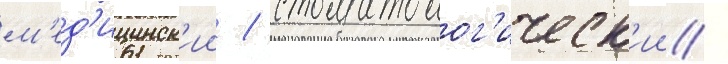
м'ед'ицинск'ии / стоматолог'ическ'ии /